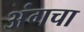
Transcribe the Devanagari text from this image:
अंगचा